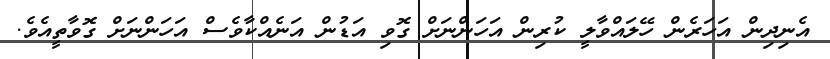
އެނިދިން އަހަރެން ހޭލައްވާލީ ކުރިން އަހަންނަށް ގޮވި އަޑުން އަނެއްކާވެސް އަހަންނަށް ގޮވާތީއެވެ.